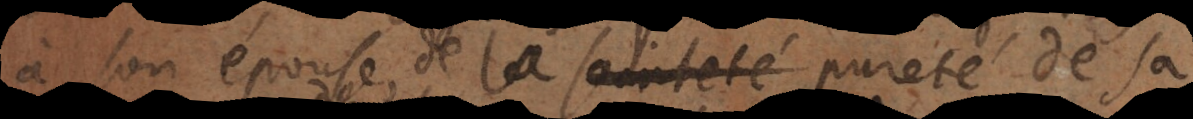
à son épouse, de la sainteté pureté de sa